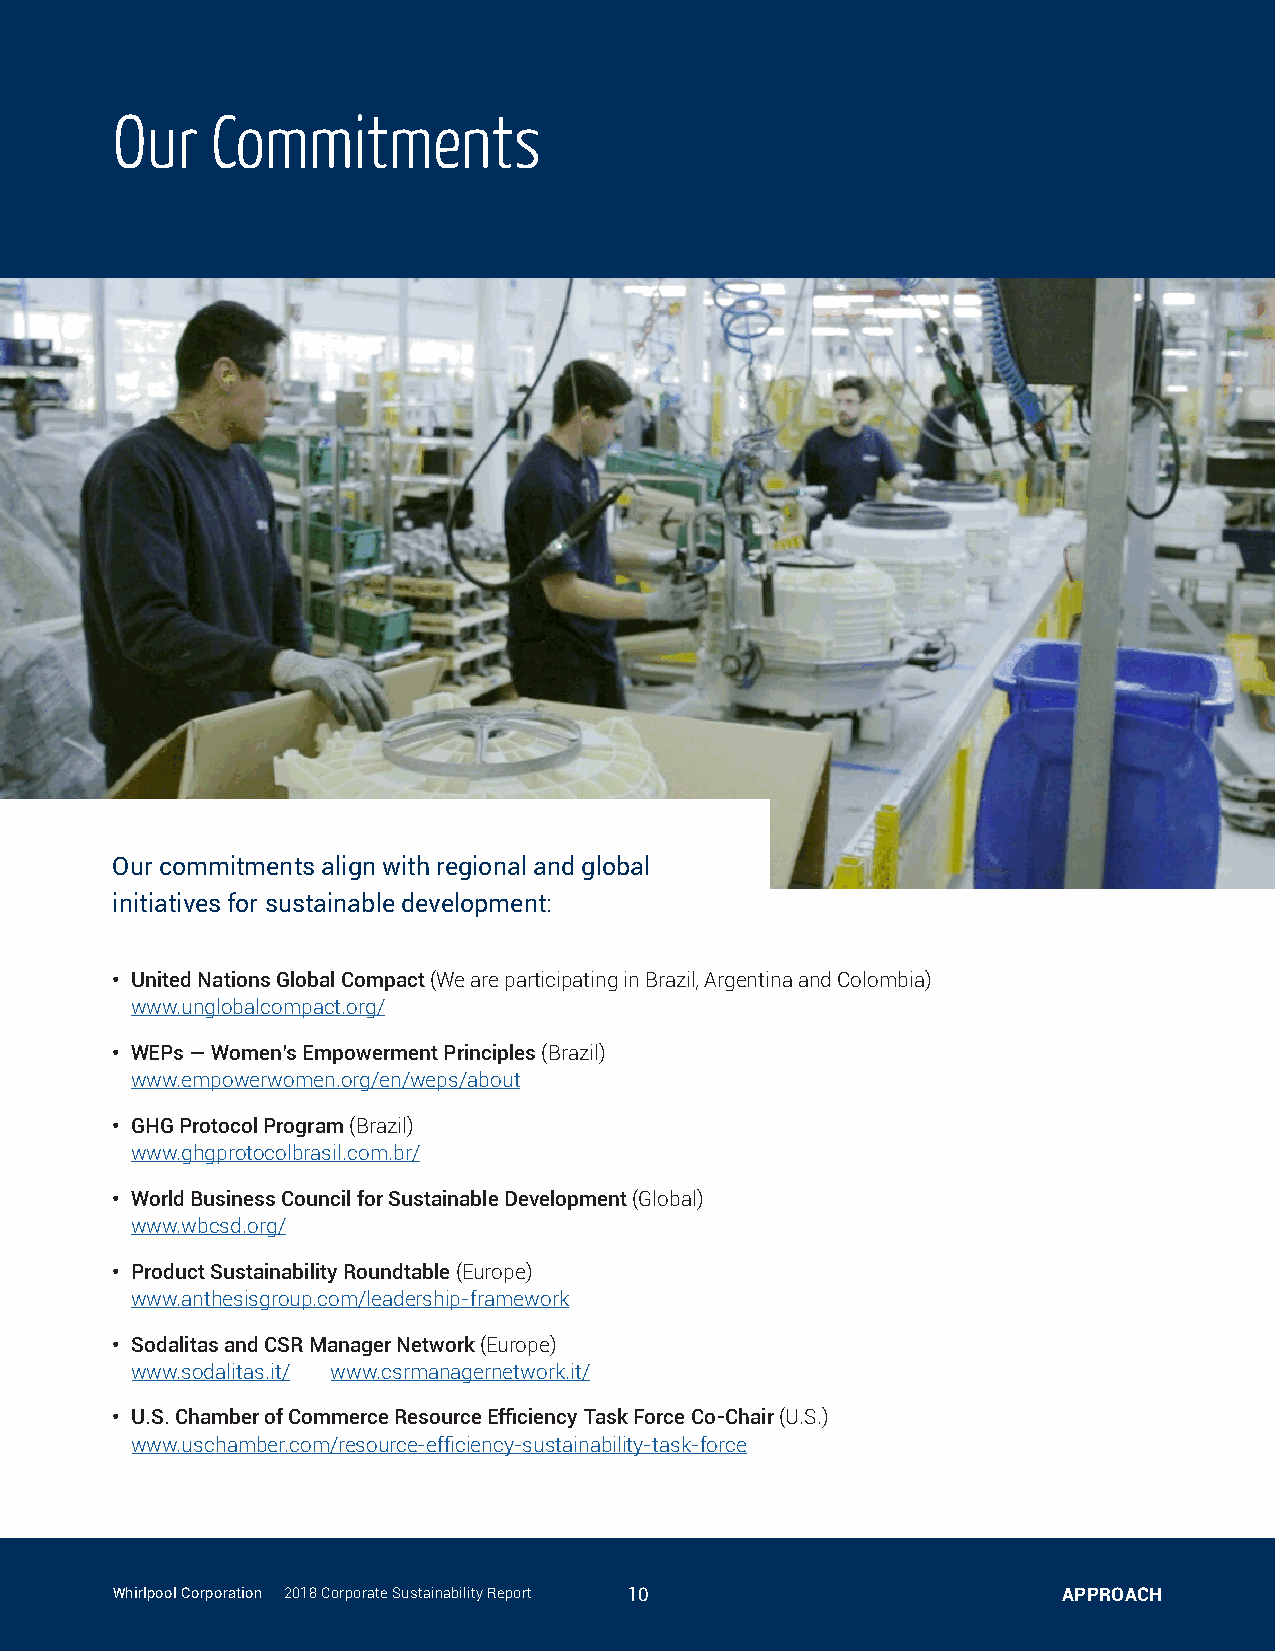
Our    Commitments
 Our commitments align with regional and global
 initiatives for sustainable development:
 • United Nations Global Compact (We are participating in Brazil, Argentina and Colombia)
 www.unglobalcompact.org/
 • WEPs — Women’s Empowerment Principles (Brazil)
 www.empowerwomen.org/en/weps/about
 • GHG Protocol Program (Brazil)
 www.ghgprotocolbrasil.com.br/
 • World Business Council for Sustainable Development (Global)
 www.wbcsd.org/
 • Product Sustainability Roundtable (Europe)
 www.anthesisgroup.com/leadership-framework
 • Sodalitas and CSR Manager Network (Europe)
 www.sodalitas.it/ www.csrmanagernetwork.it/
 • U.S. Chamber of Commerce Resource Efficiency Task Force Co-Chair (U.S.)
 www.uschamber.com/resource-efficiency-sustainability-task-force
 Whirlpool Corporation | 2018 Corporate Sustainability Report 10 APPROACH